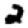
Digit: 2